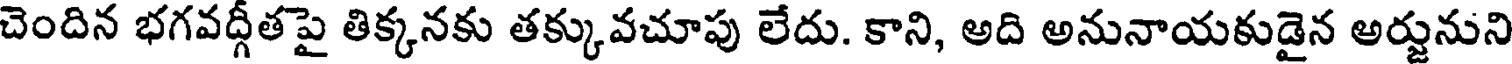
చెందిన భగవద్గీతపై తిక్కనకు తక్కువచూపు లేదు. కాని, అది అనునాయకుడైన అర్జునుని